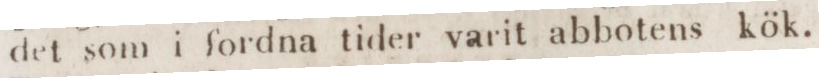
det som i fordna tider varit abbotens kök.